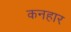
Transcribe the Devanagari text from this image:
कनहार